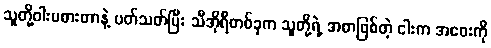
သူတို့ဝါးမစားတာနဲ့ ပတ်သတ်ပြီး သီအိုရီတစ်ခုက သူတို့ရဲ့ အစာဖြစ်တဲ့ ငါးက အဝေးကို